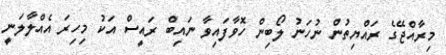
މިރާއްޖޭގެ ރައްޔިތުން ނުހަނު ލޯބިން ހޮވާފައިވާ ނައިބް ރައީސް އަކު މިހިރަ އެއްލާލަނީ